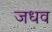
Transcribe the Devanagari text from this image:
जधव